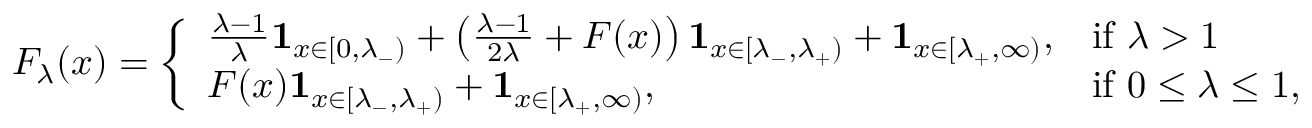
F _ { \lambda } ( x ) = { \left\{ \begin{array} { l l } { { \frac { \lambda - 1 } { \lambda } } \mathbf { 1 } _ { x \in [ 0 , \lambda _ { - } ) } + \left( { \frac { \lambda - 1 } { 2 \lambda } } + F ( x ) \right) \mathbf { 1 } _ { x \in [ \lambda _ { - } , \lambda _ { + } ) } + \mathbf { 1 } _ { x \in [ \lambda _ { + } , \infty ) } , } & { { \mathrm { i f ~ } } \lambda > 1 } \\ { F ( x ) \mathbf { 1 } _ { x \in [ \lambda _ { - } , \lambda _ { + } ) } + \mathbf { 1 } _ { x \in [ \lambda _ { + } , \infty ) } , } & { { \mathrm { i f ~ } } 0 \leq \lambda \leq 1 , } \end{array} \right. }